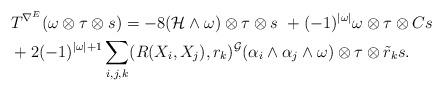
LaTeX: \begin{align*} &T^{\nabla^{E}} ( \omega \otimes \tau \otimes s) = - 8 ( {\mathcal H}\wedge \omega )\otimes\tau \otimes s \ + (-1)^{|\omega |} \omega \otimes \tau \otimes C s\\ & + 2 (-1)^{| \omega | +1} \sum_{i,j,k}(R(X_{i}, X_{j}), r_{k})^{\mathcal G}(\alpha_{i}\wedge\alpha_{j} \wedge \omega )\otimes\tau \otimes {\tilde{r}_{k}} s .\end{align*}